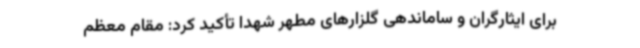
برای ایثارگران و ساماندهی گلزارهای مطهر شهدا تأکید کرد: مقام معظم